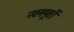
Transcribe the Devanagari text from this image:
नवसपूर्ती